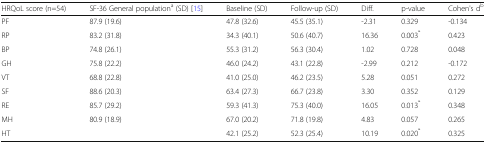
<table><thead><tr><td><b>HRQoL score (n=54)</b></td><td><b>SF-36 General population<sup>a</sup> (SD) [15]</b></td><td><b>Baseline (SD)</b></td><td><b>Follow-up (SD)</b></td><td><b>Diff.</b></td><td><b>p-value</b></td><td><b>Cohen&#x27;s d<sup>b</sup></b></td></tr></thead><tbody><tr><td>PF</td><td>87.9 (19.6)</td><td>47.8 (32.6)</td><td>45.5 (35.1)</td><td>-2.31</td><td>0.329</td><td>-0.134</td></tr><tr><td>RP</td><td>83.2 (31.8)</td><td>34.3 (40.1)</td><td>50.6 (40.7)</td><td>16.36</td><td>0.003<sup>*</sup></td><td>0.423</td></tr><tr><td>BP</td><td>74.8 (26.1)</td><td>55.3 (31.2)</td><td>56.3 (30.4)</td><td>1.02</td><td>0.728</td><td>0.048</td></tr><tr><td>GH</td><td>75.8 (22.2)</td><td>46.0 (24.2)</td><td>43.1 (22.8)</td><td>-2.99</td><td>0.212</td><td>-0.172</td></tr><tr><td>VT</td><td>68.8 (22.8)</td><td>41.0 (25.0)</td><td>46.2 (23.5)</td><td>5.28</td><td>0.051</td><td>0.272</td></tr><tr><td>SF</td><td>88.6 (20.3)</td><td>63.4 (27.3)</td><td>66.7 (23.8)</td><td>3.30</td><td>0.352</td><td>0.129</td></tr><tr><td>RE</td><td>85.7 (29.2)</td><td>59.3 (41.3)</td><td>75.3 (40.0)</td><td>16.05</td><td>0.013<sup>*</sup></td><td>0.348</td></tr><tr><td>MH</td><td>80.9 (18.9)</td><td>67.0 (20.2)</td><td>71.8 (19.8)</td><td>4.83</td><td>0.057</td><td>0.265</td></tr><tr><td>HT</td><td></td><td>42.1 (25.2)</td><td>52.3 (25.4)</td><td>10.19</td><td>0.020<sup>*</sup></td><td>0.325</td></tr></tbody></table>